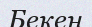
Бекен